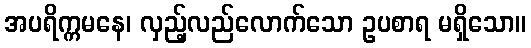
အပရိက္ကမနေ၊ လှည့်လည်လောက်သော ဥပစာရ မရှိသော။